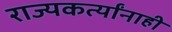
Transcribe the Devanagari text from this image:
राज्यकर्त्यांनाही